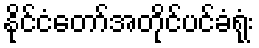
နိုင်ငံတော်အတိုင်ပင်ခံရုံး